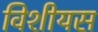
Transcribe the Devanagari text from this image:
विशीयस